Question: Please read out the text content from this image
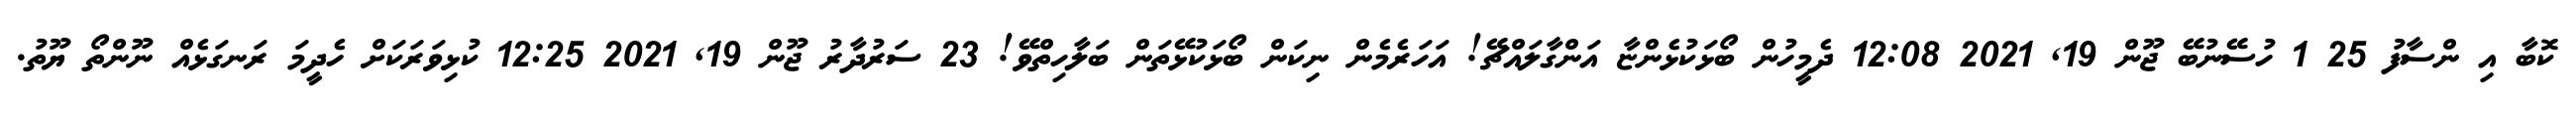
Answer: ކޮބާ އި ންސާފު 25 1 ހުސޭނުބޭ ޖޫން 19, 2021 12:08 ދެމީހުން ބޯޅަކުޅެންޏާ އަންގާލައްޗޭ! އަހަރެމެން ނިކަން ބޯޅަކުޅޭތަން ބަލާހިތްވޭ! 23 ސަރުދާރު ޖޫން 19, 2021 12:25 ކުޅިވަރަކަށް ހެދީމަ ރަނގަޅެއް ނޫންތޯ ޔޫތު.